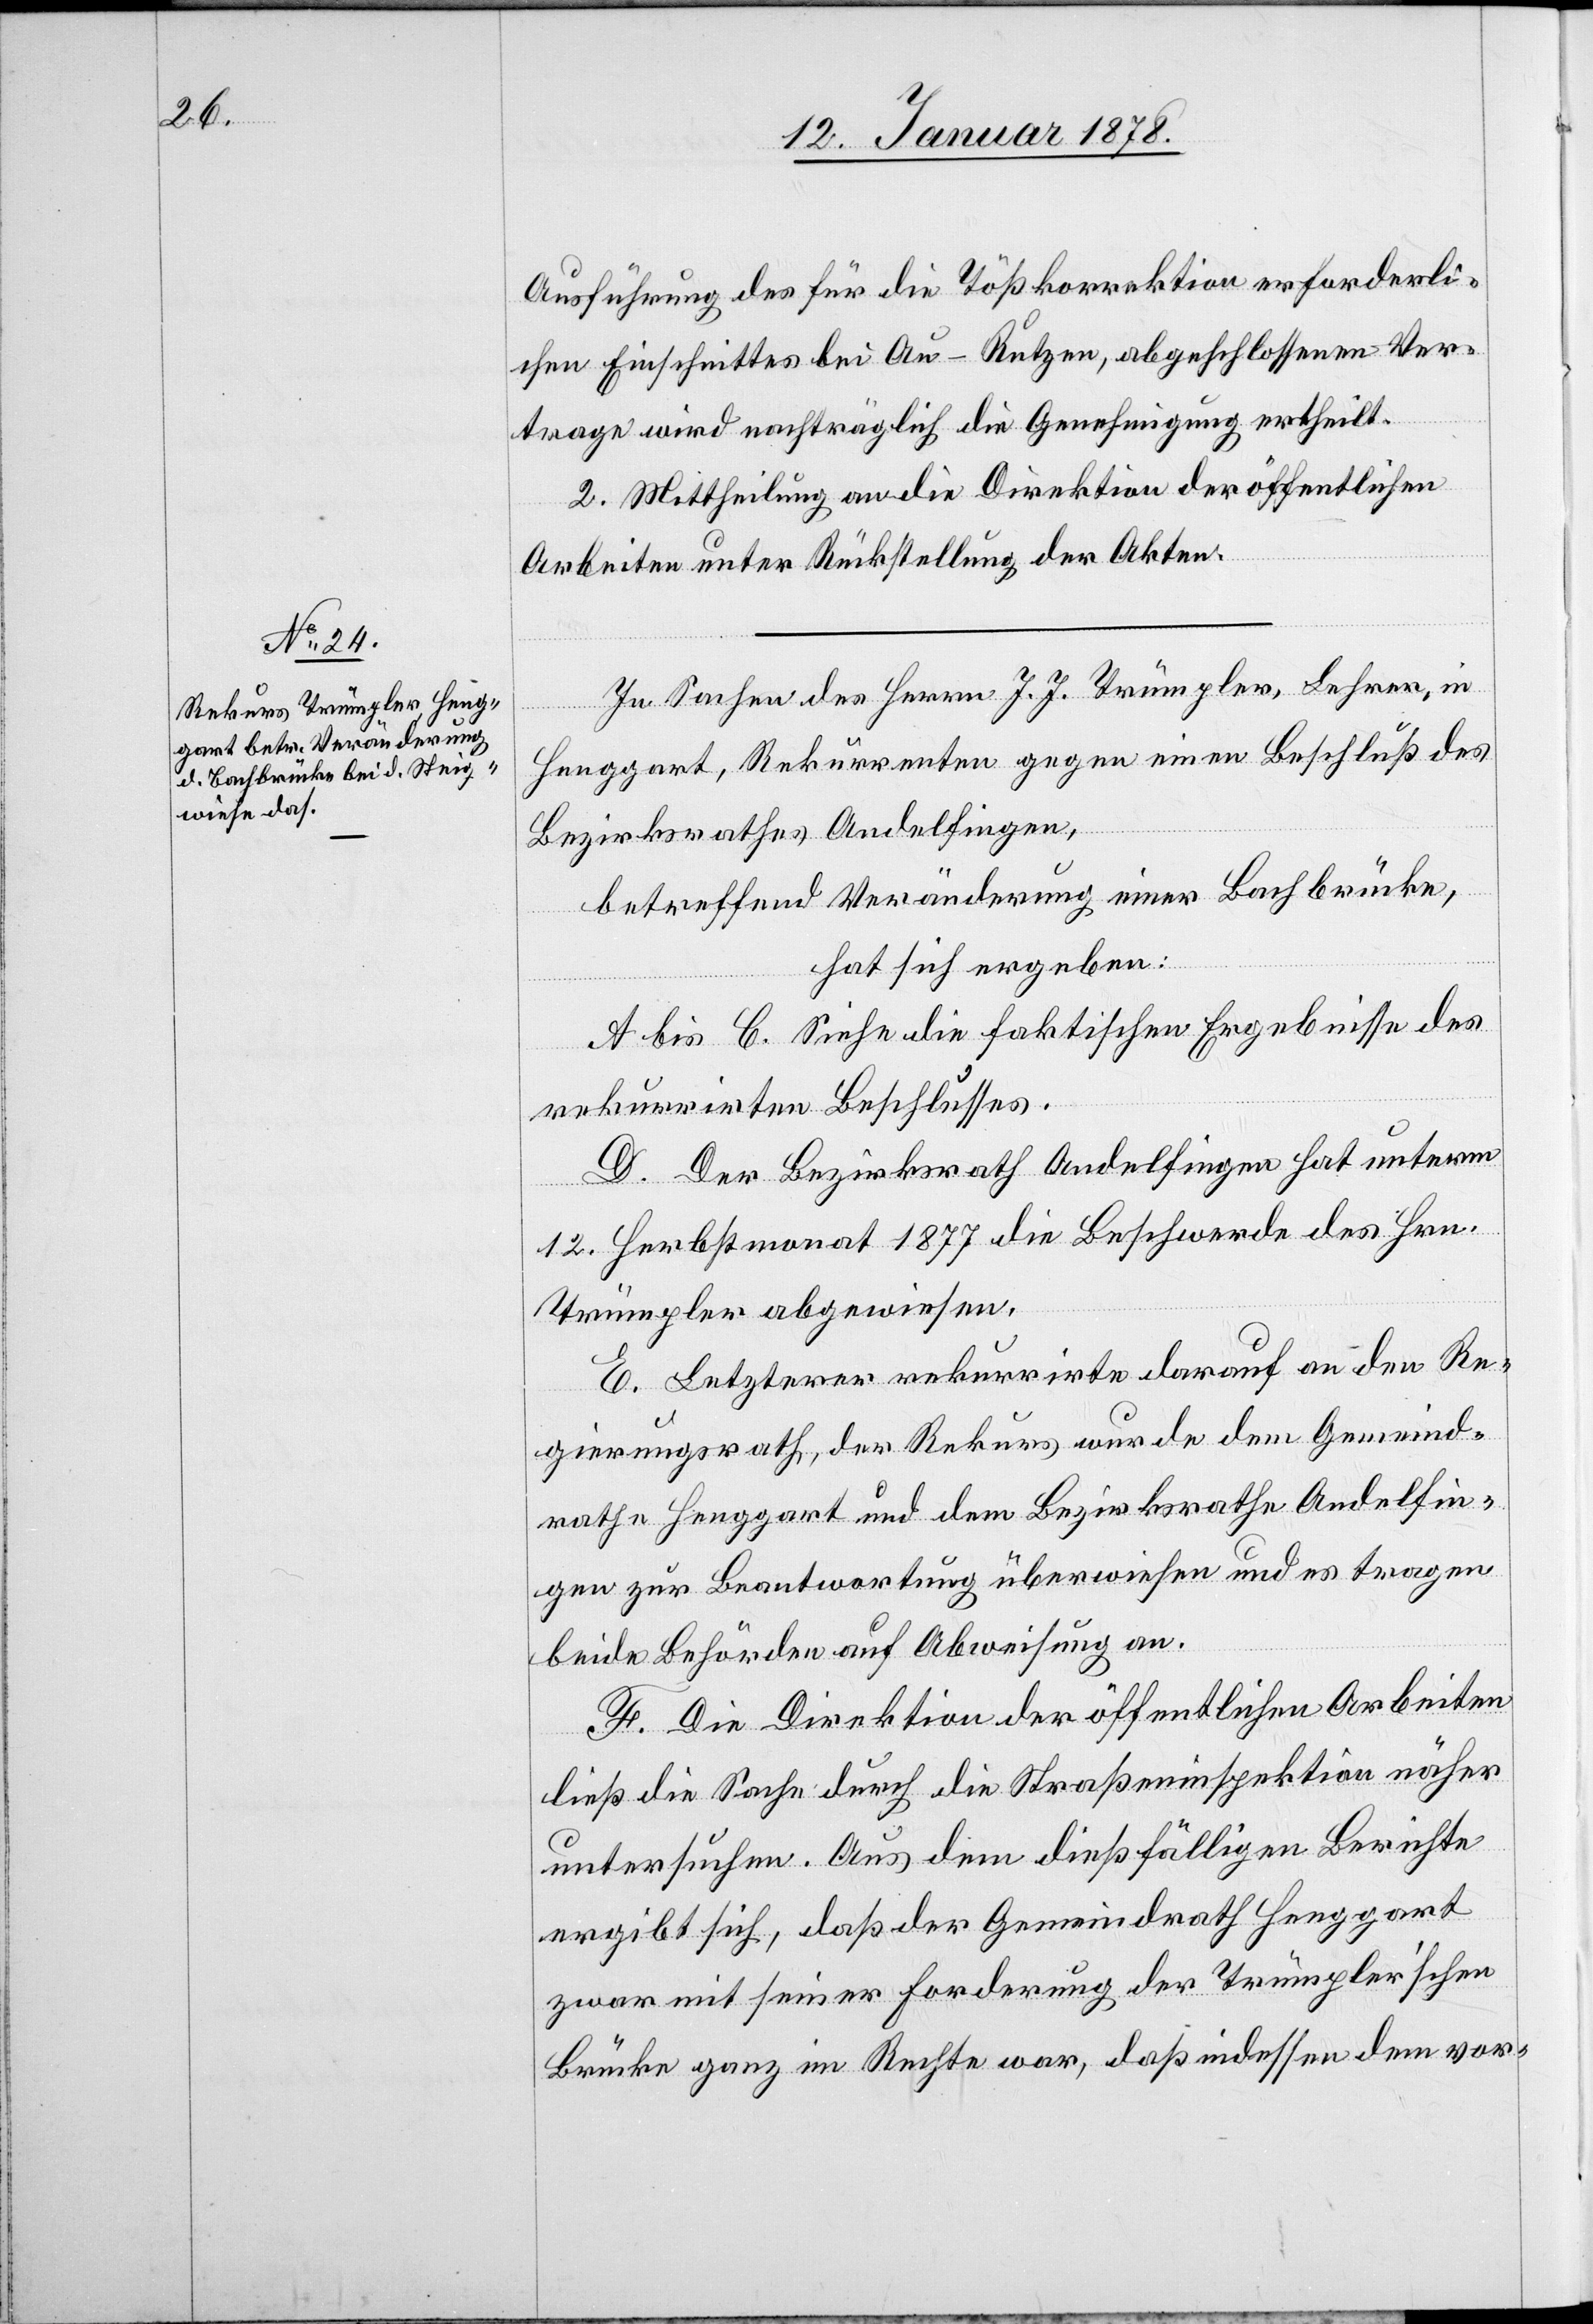
Ausführung des für die Tößkorrektion erforderli¬
chen Einschnittes bei Au - Rutzen, abgeschlossenen Ver¬
trage wird nachträglich die Genehmigung ertheilt.
2. Mittheilung an die Direktion der öffentlichen
Arbeiten unter Rückstellung der Akten.
In Sachen der Herrn J. J. Trümpler, Lehrer, in
Henggart, Rekurrenten gegen einen Beschluß des
Bezirksrathes Andelfingen,
betreffend Veränderung einer Bachbrücke,
hat sich ergeben:
A. bis C. siehe die faktischen Ergebnisse des
rekurrirten Beschlusses.
D. Der Bezirksrath Andelfingen hat unterm
12. Herbstmonat 1877 die Beschwerde des Hrn.
Trümpler abgewiesen.
E. Letzterer rekurrirte darauf an den Re¬
gierungsrath, der Rekurs wurde dem Gemeind¬
rathe Henggart und dem Bezirksrathe Andelfin¬
gen zur Beantwortung überwiesen und es tragen
beide Behörden auf Abweisung an.
F. Die Direktion der öffentlichen Arbeiten
ließ die Sache durch die Straßeninspektion näher
untersuchen. Aus dem dießfälligen Berichte
ergibt sich, daß der Gemeindrath Henggart
zwar mit seiner Forderung der Trümpler’schen
Brücke ganz im Rechte war, daß indessen dem vor-